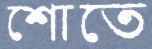
শোতে